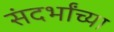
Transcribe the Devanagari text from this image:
संदर्भांच्या